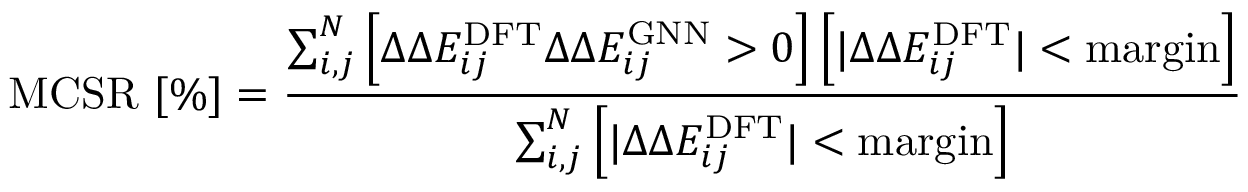
\centering \mathrm { M C S R ~ [ \% ] } = \frac { \sum _ { i , j } ^ { N } \left[ \Delta \Delta E _ { i j } ^ { \mathrm { D F T } } \Delta \Delta E _ { i j } ^ { \mathrm { G N N } } > 0 \right] \left[ \lvert \Delta \Delta E _ { i j } ^ { \mathrm { D F T } } \rvert < \mathrm { m a r g i n } \right] } { \sum _ { i , j } ^ { N } \left[ \lvert \Delta \Delta E _ { i j } ^ { \mathrm { D F T } } \rvert < \mathrm { m a r g i n } \right] }